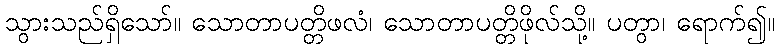
သွားသည်ရှိသော်။ သောတာပတ္တိဖလံ၊ သောတာပတ္တိဖိုလ်သို့။ ပတွာ၊ ရောက်၍။